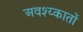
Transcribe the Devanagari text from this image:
अवश्य्कातों